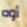
أوه